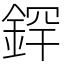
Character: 𫒢